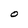
Character: O